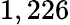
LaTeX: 1,226